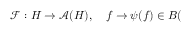
\mathcal { F } : H \rightarrow \mathcal { A } ( H ) , \quad f \rightarrow \psi ( f ) \in B (